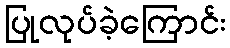
ပြုလုပ်ခဲ့ကြောင်း